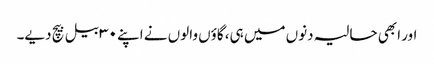
اور ابھی حالیہ دنوں میں ہی، گاؤں والوں نے اپنے ۳۰ بیل بیچ دیے۔